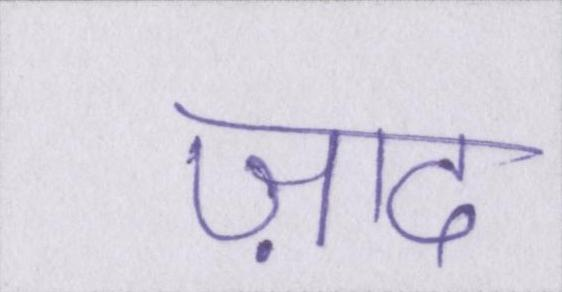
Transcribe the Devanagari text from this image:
ज़ाद